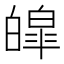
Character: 皡